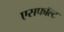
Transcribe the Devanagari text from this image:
एसफॉल्ट